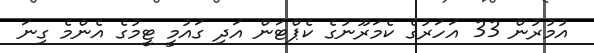
އުމުރުން 33 އަހަރުގެ ކެމަރޫނުގެ ކެޕްޓަން އަދި ގައުމީ ޓީމުގެ އެންމެ ގިނަ